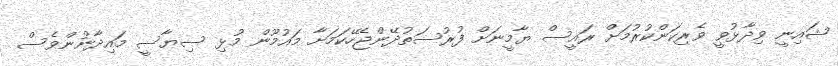
ޝައިނީ ވިދާޅުވީ ވެރިކަންކުރުމަށް ރައީސް ޔާމީނަށް ފުރުސަތުދޭންޖެހޭކަމަށާ މައުމޫން މުޅި ސިޔާސީ މައިދާނުންވެސް